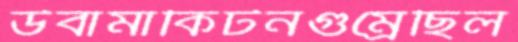
উবামাকিটনগুম্‌রেছিল